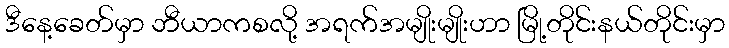
ဒီနေ့ခေတ်မှာ ဘီယာကစလို့ အရက်အမျိုးမျိုးဟာ မြို့တိုင်းနယ်တိုင်းမှာ